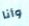
وأنا